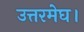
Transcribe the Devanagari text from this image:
उत्तरमेघ।